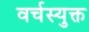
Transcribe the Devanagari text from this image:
वर्चस्युक्त